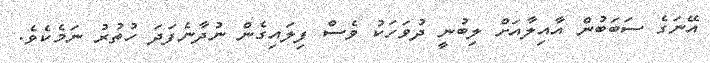
އޭނަގެ ސަބަބުން އާއިލާއަށް ލިބުނީ ދުވަހަކު ވެސް ފިލައިގެން ނުދާނެފަދަ ހުތުރު ނަމެކެވެ.